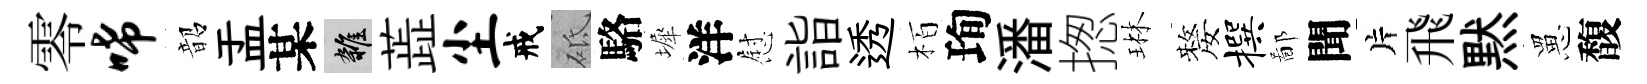
零唏韶盂某雜蕋尘戒砥駱墀洋慰詣透栢珣潘揔琳嫠撰鄙聞片飛黙罳馥